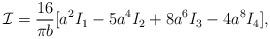
LaTeX: \begin{align*}{\cal I}= \frac{16}{\pi b}[a^2 I_1-5a^4 I_2+8a^6 I_3-4a^8 I_4],\end{align*}